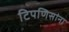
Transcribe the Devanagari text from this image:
टिपणिसांना